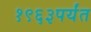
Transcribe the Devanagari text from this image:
१९६३पर्यंत